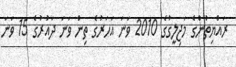
ރައްޔިތުންގެ މަޖިލީގުގެ 2010 ވަނަ އަހަރުގެ ތިން ވަނަ ދައުރުގެ 15 ވަނަ